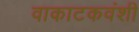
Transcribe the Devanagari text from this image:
वाकाटकवंशी